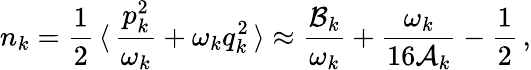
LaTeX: n_{k}=\frac{1}{2}\, \langle\, \frac{p_{k}^{2}}{\omega_{k}}+\omega_{k}q_{k}^{2}\, \rangle\approx\frac{{\cal B}_{k}}{\omega_{k}}+\frac{\omega_{k}}{16{\cal A}_{k}}-\frac{1}{2}\, ,